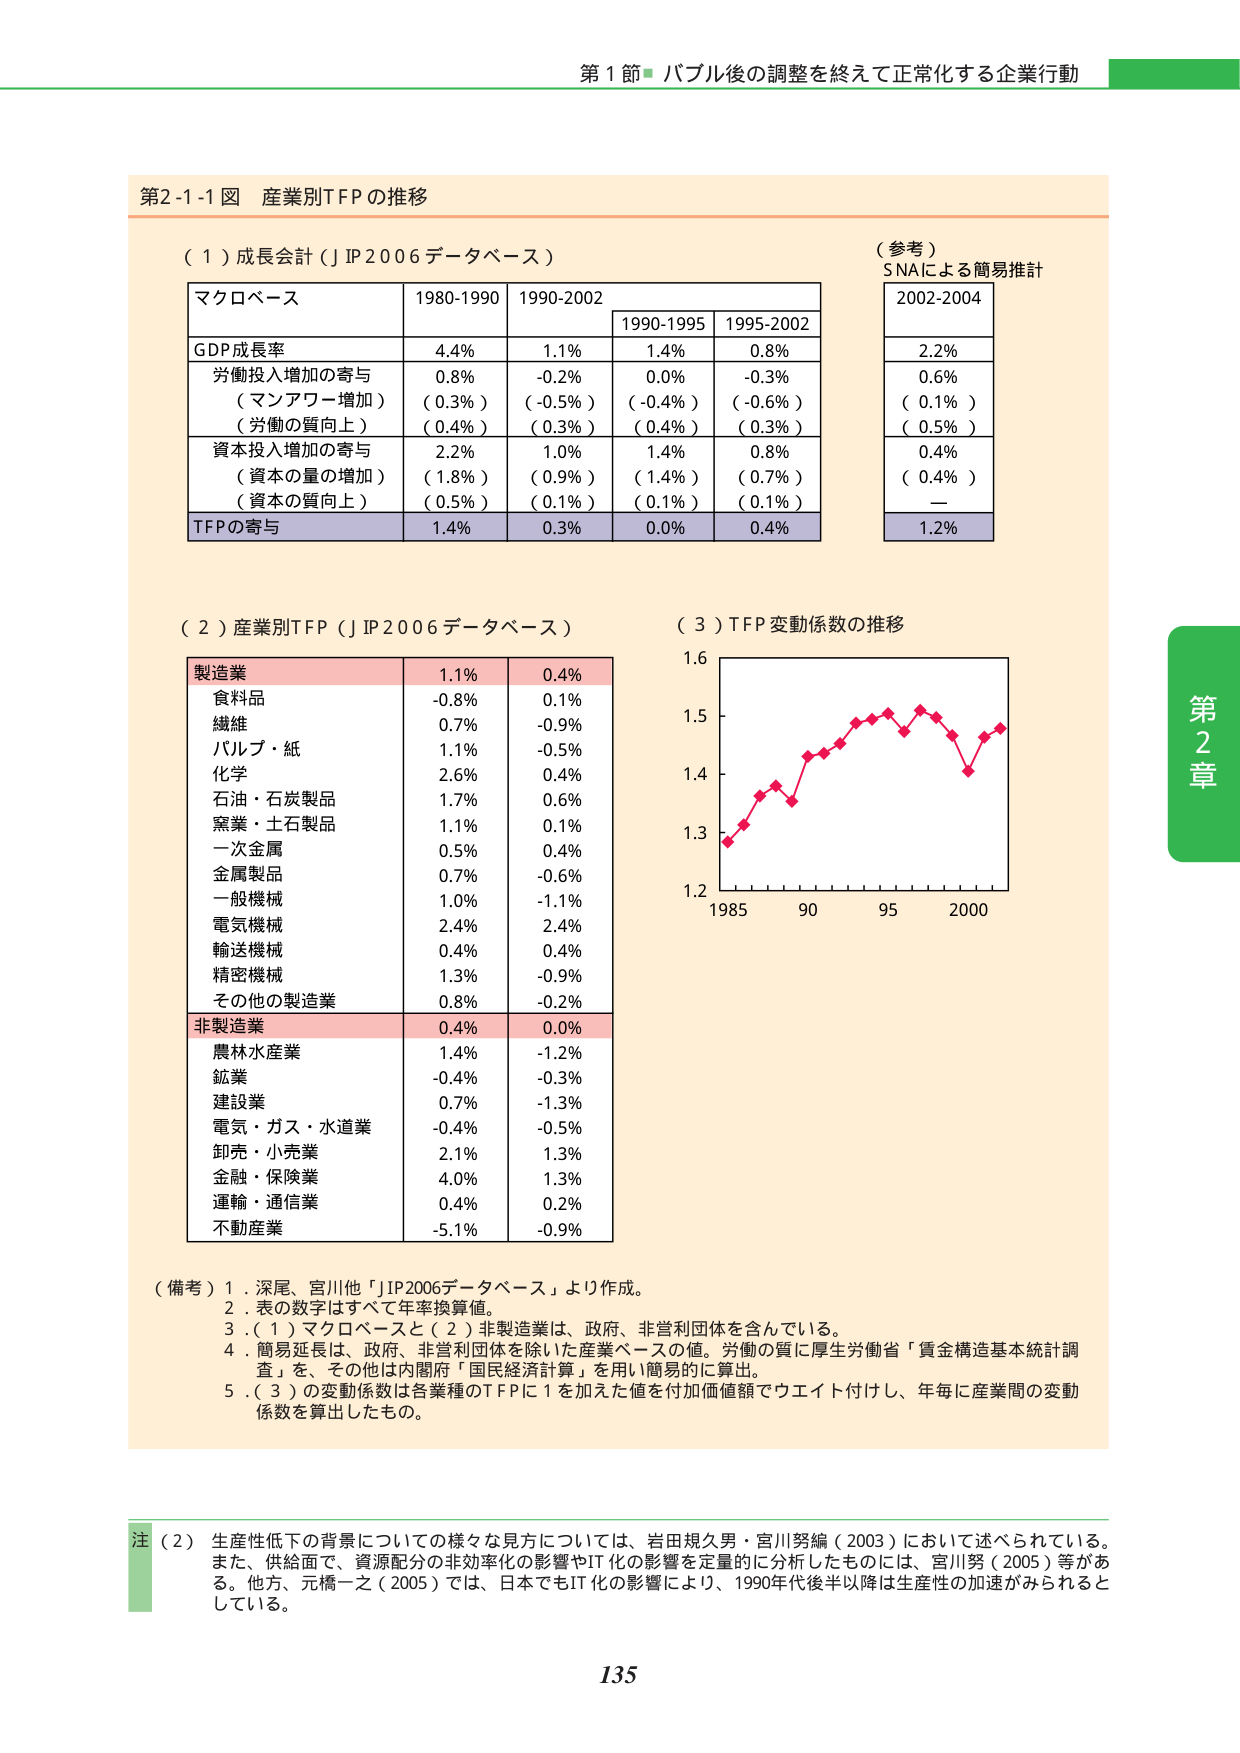
第1節 バブル後の調整を終えて正常化する企業行動

第2-1-1図 産業別TFPの推移

（1）成長会計（JP2006データベース）

マクロベース 1980-1990 1990-2002
GDP成長率 4.4% 1.1%
労働投入増加の寄与 0.8% -0.2%
（マンパワー増加）（0.3%）（-0.5%）
（労働の質向上）（0.4%）（0.3%）
資本投入増加の寄与 2.2% 1.0%
（資本の量の増加）（1.8%）（0.9%）
（資本の質向上）（0.5%）（0.1%）
TFPの寄与 1.4% 0.3%

1990-1995 1995-2002
1.4% 0.8%
0.0% -0.3%
（-0.4%）（-0.6%）
（0.4%）（0.3%）
1.4% 0.8%
（1.4%）（0.7%）
（0.1%）（0.1%）
0.0% 0.4%

（参考）
SNAによる簡易推計
2002-2004
2.2%
0.6%
（0.1%）
（0.5%）
0.4%
（0.4%）
—
1.2%

（2）産業別TFP（JP2006データベース）

製造業 1.1% 0.4%
食料品 -0.8% 0.1%
繊維 0.7% -0.9%
パルプ・紙 1.1% -0.5%
化学 2.6% 0.4%
石油・石炭製品 1.7% 0.6%
窯業・土石製品 1.1% 0.1%
一次金属 0.5% 0.4%
金属製品 0.7% -0.6%
一般機械 1.0% -1.1%
電気機械 2.4% 2.4%
輸送機械 0.4% 0.4%
精密機械 1.3% -0.9%
その他の製造業 0.8% -0.2%

非製造業 0.4% 0.0%
農林水産業 1.4% -1.2%
鉱業 -0.4% -0.3%
建設業 0.7% -1.3%
電気・ガス・水道業 -0.4% -0.5%
卸売・小売業 2.1% 1.3%
金融・保険業 4.0% 1.3%
運輸・通信業 0.4% 0.2%
不動産業 -5.1% -0.9%

（3）TFP変動係数の推移

1.6
1.5
1.4
1.3
1.2
1985 90 95 2000

（備考）1．深尾、宮川他「JP2006データベース」より作成。
2．表の数字はすべて年率換算値。
3．（1）マクロベースと（2）非製造業は、政府、非営利団体を含んでいる。
4．簡易延長は、政府、非営利団体を除いた産業ベースの値。労働の質に厚生労働省「賃金構造基本統計調査」を、その他は内閣府「国民経済計算」を用い簡易的に算出。
5．（3）の変動係数は各業種のTFPに1を加えた値を付加価値額でウエイト付けし、年毎に産業間の変動係数を算出したもの。

注（2） 生産性低下の背景についての様々な見方については、岩田規久男・宮川努編（2003）において述べられている。また、供給面で、資源配分の非効率化の影響やIT化の影響を定量的に分析したものは、宮川努（2005）等がある。他方、元橋一之（2005）では、日本でもIT化の影響により、1990年代後半以降は生産性の加速がみられるとしている。

第2章

135